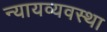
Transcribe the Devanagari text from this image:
न्‍यायव्‍यवस्‍था